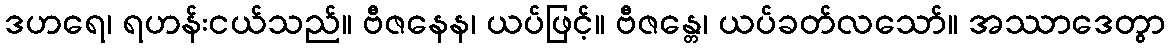
ဒဟရေ၊ ရဟန်းငယ်သည်။ ဗီဇနေန၊ ယပ်ဖြင့်။ ဗီဇန္တေ၊ ယပ်ခတ်လသော်။ အဿာဒေတွာ